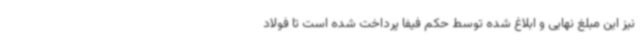
نیز این مبلغ نهایی و ابلاغ شده توسط حکم فیفا پرداخت شده است تا فولاد